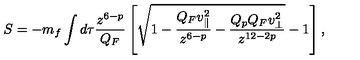
S = - m _ { f } \int d \tau { \frac { z ^ { 6 - p } } { Q _ { F } } } \left[ \sqrt { 1 - { \frac { Q _ { F } v _ { \parallel } ^ { 2 } } { z ^ { 6 - p } } } - { \frac { Q _ { p } Q _ { F } v _ { \perp } ^ { 2 } } { z ^ { 1 2 - 2 p } } } } - 1 \right] ,